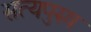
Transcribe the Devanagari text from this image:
सत्यपुरुष